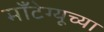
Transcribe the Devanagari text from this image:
माँटेग्यूच्या